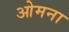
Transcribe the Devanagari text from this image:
ओमना